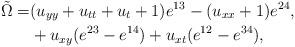
LaTeX: \begin{align*} \begin{aligned}[t]\tilde \Omega =&(u_{yy}+u_{tt}+u_t+1)e^{13}-(u_{xx}+1)e^{24},\\&+u_{xy}(e^{23}-e^{14})+u_{xt}(e^{12}-e^{34}),\end{aligned}\end{align*}